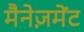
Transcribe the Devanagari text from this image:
मैनेज़मेंट